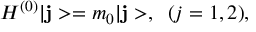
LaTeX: H ^ { ( 0 ) } | { \bf j } > = m _ { 0 } | { \bf j } > , \; \; ( j = 1 , 2 ) ,